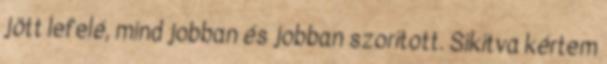
jött lefelé, mind jobban és jobban szorított. Sikítva kértem